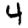
Digit: 4